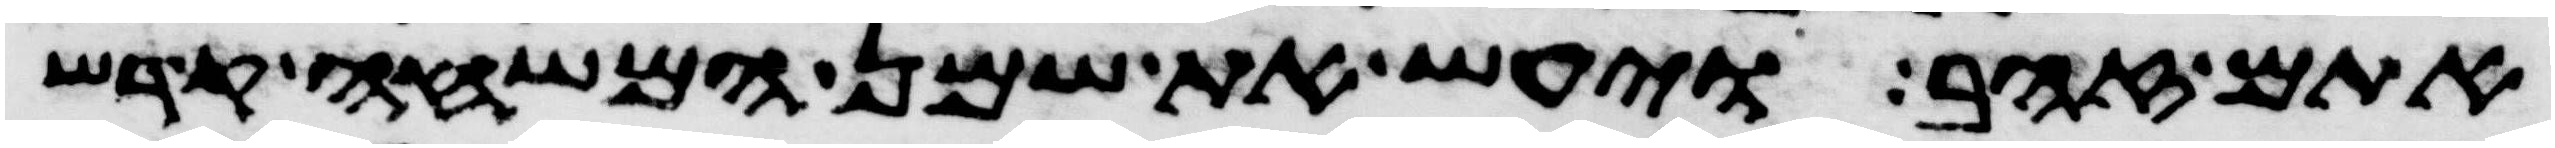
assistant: אתם זהב ויעש את שמן המשחה קדש